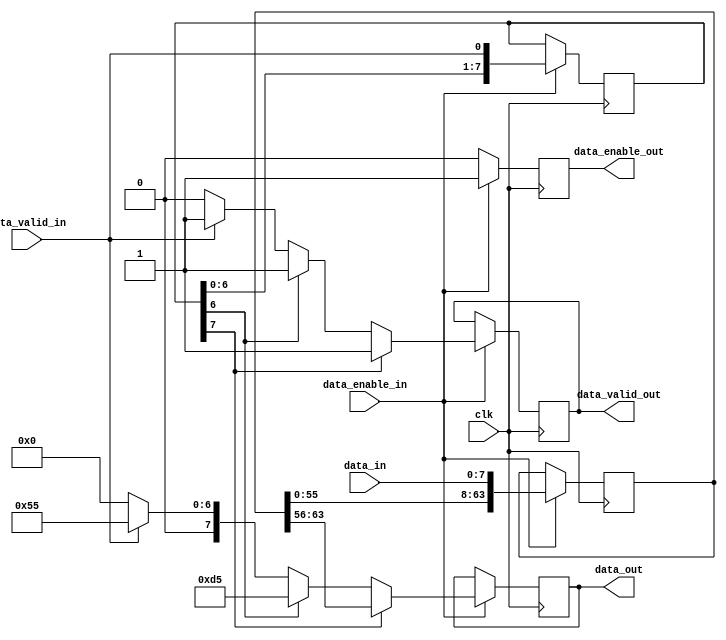
module add_preamble(
	input wire clk,
	input wire [7:0] data_in,
	input wire data_valid_in,
	input wire data_enable_in,
	output reg [7:0] data_out = 8'b0,
	output reg data_valid_out = 1'b0,
	output reg data_enable_out = 1'b0
	);

	reg [63:0] delay_data = 64'b0;
	reg [7:0] delay_data_valid = 8'b0;

	always @(posedge clk) begin
		data_enable_out <= 1'b0;
		if (data_enable_in == 1'b1) begin
			data_enable_out <= 1'b1;

			if (delay_data_valid[7] == 1'b1) 
			begin
				// passing through data
				data_out <= delay_data[63:56];
				data_valid_out <= 1'b1;
			end 
			else if (delay_data_valid[6] == 1'b1)
				// SFD
			begin
				data_out <= 8'b11010101;
				data_valid_out <= 1'b1;
			end
			else if (data_valid_in == 1'b1) 
			begin
				// preamble nibbles
				data_out <= 8'b01010101;
				data_valid_out <= 1'b1;
			end

			else begin
				data_out <= 8'b00000000;
				data_valid_out <= 1'b0;
			end

			// move the data through the delay line
			delay_data <= {delay_data[55:0], data_in};
			delay_data_valid <= {delay_data_valid[7:0], data_valid_in};
			
		end
	end

endmodule